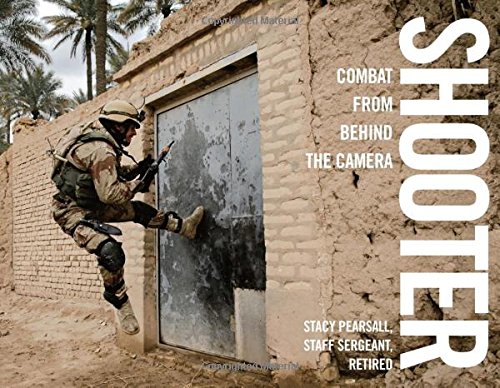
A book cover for Shooter: Combat From Behind The Camera; Stacy Pearsall; History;